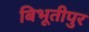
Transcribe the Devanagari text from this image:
बिभूतीपुर